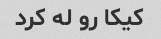
کیکا رو له کرد